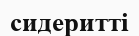
сидеритті